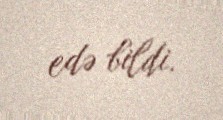
edə bildi.